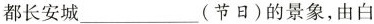
都长安城___(节日)的景象，有白